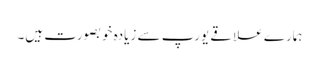
ہمارے علاقے یورپ سے زیادہ خوبصورت ہیں۔